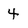
Character: 4